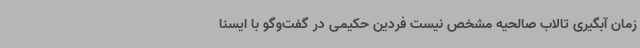
زمان آبگیری تالاب صالحیه مشخص نیست فردین حکیمی در گفت‌وگو با ایسنا